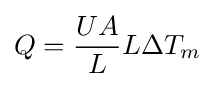
{Q={UA \over L}L\Delta T_{m}}